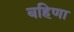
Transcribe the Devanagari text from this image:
बहिणा